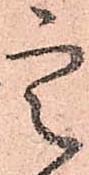
定